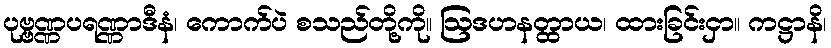
ပုဗ္ဗဏ္ဏပရဏ္ဏာဒီနံ၊ ကောက်ပဲ စသည်တို့ကို။ ဩဒဟနတ္ထာယ၊ ထားခြင်းငှာ။ ကဋ္ဌာနိ၊